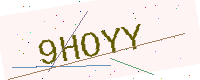
Text: 9HOYY